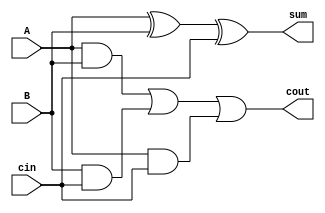
`timescale 1ns / 1ps
//////////////////////////////////////////////////////////////////////////////////
// Company: 
// Engineer: 
// 
// Design Name: 
// Module Name: full_adder1
// Project Name: 
// Target Devices: 
// Tool Versions: 
// Description: 
// 
// Dependencies: 
// 
// Revision:
// Revision 0.01 - File Created
// Additional Comments:
// 
//////////////////////////////////////////////////////////////////////////////////


module full_adder1(input A, B, cin, output sum, cout);
assign sum = A ^ B ^ cin; //simplifed version of boolean expression
assign cout = (A &B) | (B & cin) | (A & cin);
endmodule